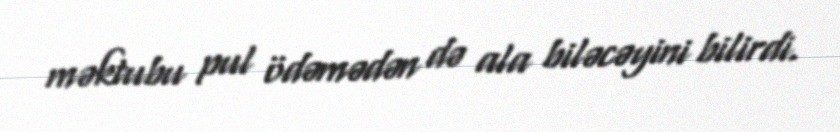
məktubu pul ödəmədən də ala biləcəyini bilirdi.